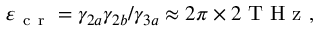
\varepsilon _ { \mathrm { ~ c ~ r ~ } } = \gamma _ { 2 a } \gamma _ { 2 b } / \gamma _ { 3 a } \approx 2 \pi \times 2 \mathrm { ~ T ~ H ~ z ~ } ,